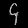
Digit: ၄